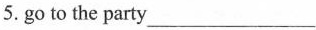
5. go to the party___